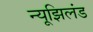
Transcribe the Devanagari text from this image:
न्यूझिलंड